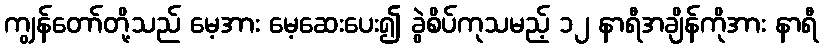
ကျွန်တော်တို့သည် မေ့အား မေ့ဆေးပေး၍ ခွဲစိပ်ကုသမည့် ၁၂ နာရီအချိန်ကိုအား နာရီ